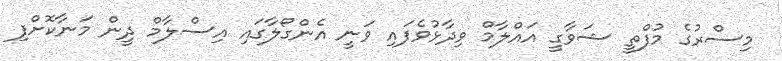
މިސްރުގެ މުފްތީ ޝަވާގީ އައްލާމް ވިދާޅުވެފައި ވަނީ އެންގޯލާގައި އިސްލާމް ދީން މަނާކޮށްފި